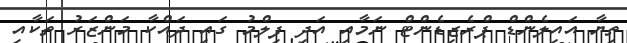
ތިޔާ އައިލެންޑް ޕްރެޒިޑެންޓް ނަމާއި އަދި ފިލްމު ގައި ދައްކާ މަންޒަރު ތަކާއި